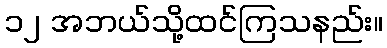
၁၂ အဘယ်သို့ထင်ကြသနည်း။